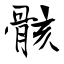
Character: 骸